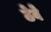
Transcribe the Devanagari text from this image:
ठेवे